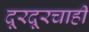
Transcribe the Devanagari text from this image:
दूरदूरचाही